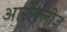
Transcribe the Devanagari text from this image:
आरोक्लीज़